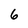
Character: 6